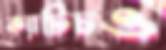
ক্যাটিচও